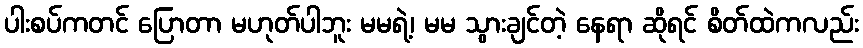
ပါးစပ်ကတင် ပြောတာ မဟုတ်ပါဘူး မမရဲ့၊ မမ သွားချင်တဲ့ နေရာ ဆိုရင် စိတ်ထဲကလည်း